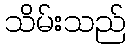
သိမ်းသည်